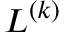
L ^ { ( k ) }